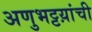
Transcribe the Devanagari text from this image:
अणुभट्टय़ांची